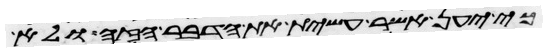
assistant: כי יען אשר עשית את הדבר הזה ולא